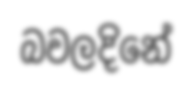
බවලදිනේ